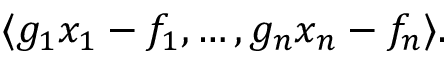
\langle g _ { 1 } x _ { 1 } - f _ { 1 } , \ldots , g _ { n } x _ { n } - f _ { n } \rangle .